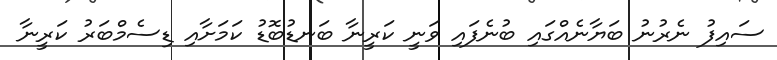
ސައިފު ނެރުނު ބަޔާނެއްގައި ބުނެފައި ވަނީ ކަރީނާ ބަނޑުބޮޑު ކަމަށާއި ޑިސެމްބަރު ކަރީނާ